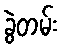
ခွဲတမ်း